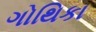
ગોથિકા